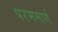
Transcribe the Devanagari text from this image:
परममार्ग